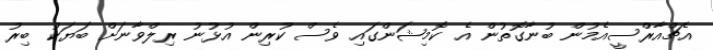
އެޗްއާރްސީއެމުން ބުނާގޮތުން އެ ކޮމިޝަންގައި ވެސް ކުރިން އުޅުނު ރިލްވާނަށް ބަޔަކު ބިރު